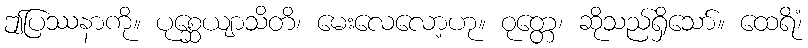
ဤပြဿနာကို။ ပုစ္ဆေယျာသိတိ၊ မေးလေလော့ဟု။ ဝုတ္တေ၊ ဆိုသည်ရှိသော်။ ထေရိံ၊